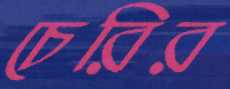
চেরির